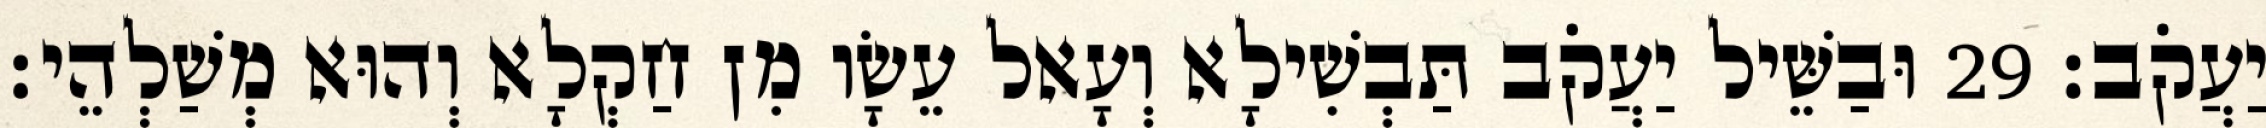
יַעֲקֹב׃ 29 וּבַשֵּׁיל יַעֲקֹב תַּבְשִׁילָא וְעָאל עֵשָׂו מִן חַקְלָא וְהוּא מְשַׁלְהֵי׃